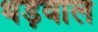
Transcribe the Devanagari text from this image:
थड़वाल